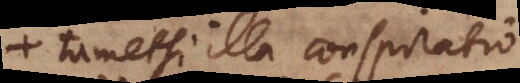
tametsi illa conspiratio